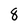
Character: 8